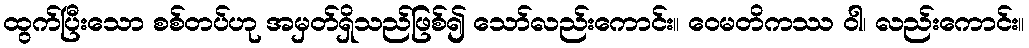
ထွက်ပြီးသော စစ်တပ်ဟု အမှတ်ရှိသည်ဖြစ်၍ သော်လည်းကောင်း။ ဝေမတိကဿ ဝါ၊ လည်းကောင်း။